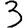
Digit: 3